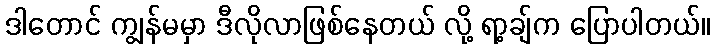
ဒါတောင် ကျွန်မမှာ ဒီလိုလာဖြစ်နေတယ် လို့ ရာ့ချ်က ပြောပါတယ်။